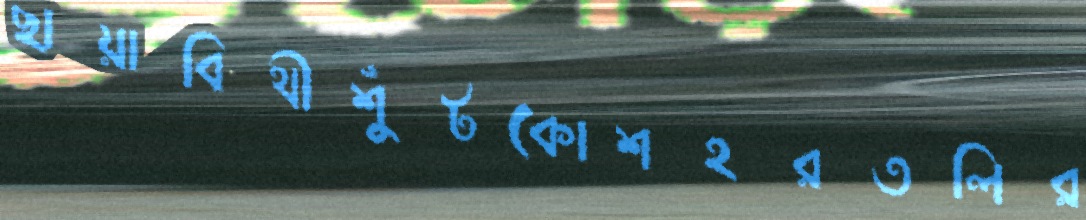
ছায়াবিথীশুঁটকোশহরতলির